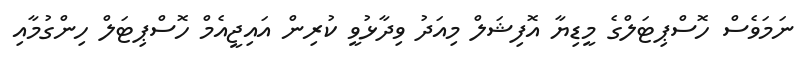
ނަމަވެސް ހޮސްޕިޓަލްގެ މީޑިޔާ އޮފިޝަލް މިއަދު ވިދާޅުވީ ކުރިން އައިޖީއެމް ހޮސްޕިޓަލް ހިންގުމާއި